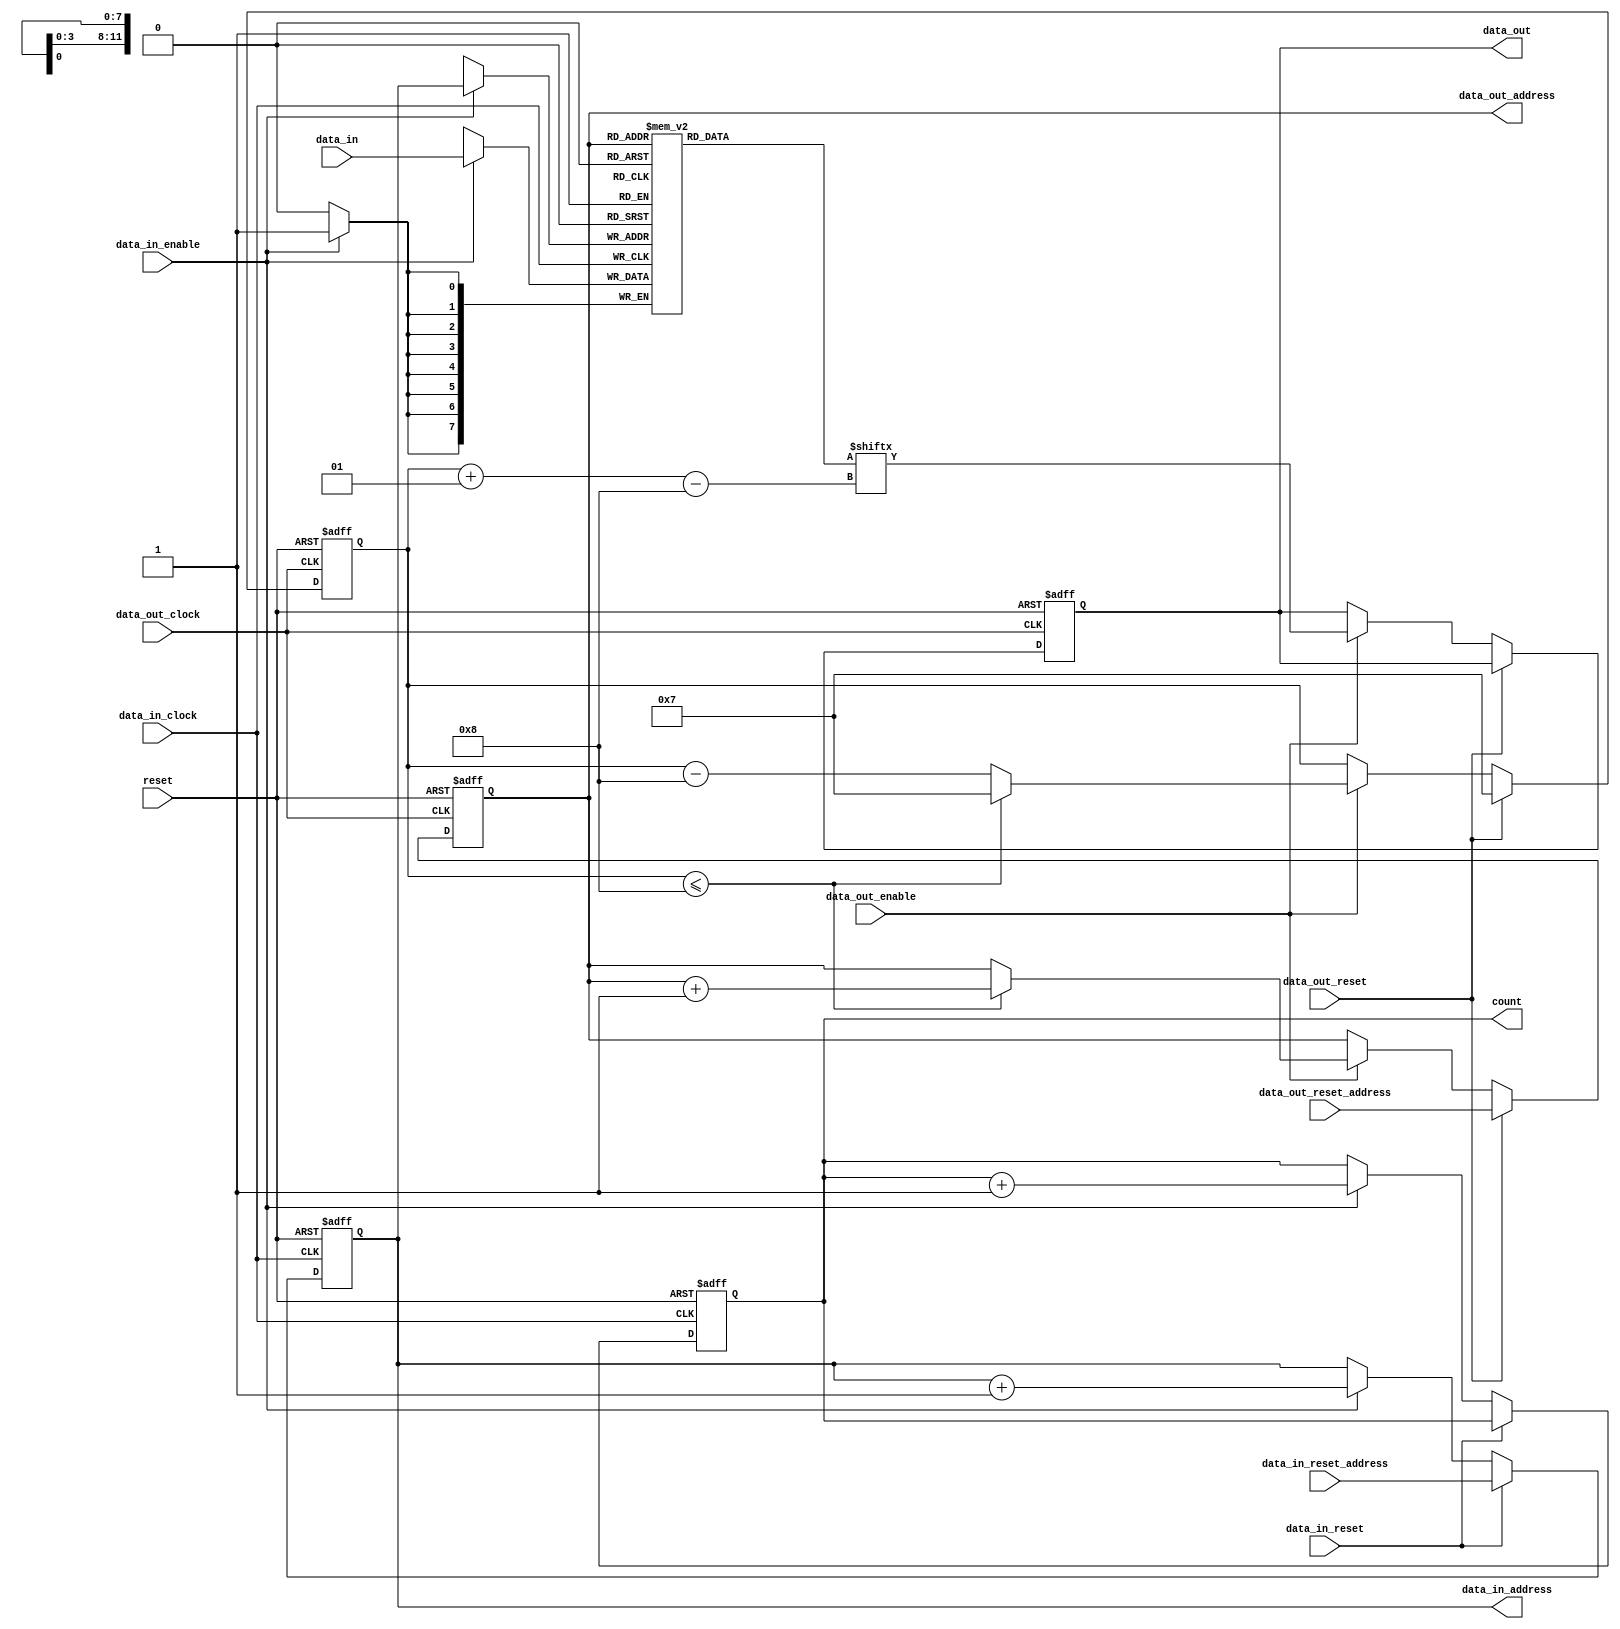
module fifo 
#(
    parameter DATA_IN_WIDTH = 8,
    parameter DATA_OUT_WIDTH = 8,    
    parameter FIFO_DEPTH = 12
)
( 
    input   wire                            reset,    
    output  reg                             count,

    // IN PORT
    input   wire    [DATA_IN_WIDTH-1:0]     data_in,
    input   wire                            data_in_clock,     
    input   wire                            data_in_enable,
    output  reg     [FIFO_DEPTH-1:0]        data_in_address,
    input   wire                            data_in_reset,
    input   wire    [FIFO_DEPTH-1:0]        data_in_reset_address,

    // OUT PORT
    output  reg     [DATA_OUT_WIDTH-1:0]    data_out,
    input   wire                            data_out_clock,     
    input   wire                            data_out_enable,
    output  reg     [FIFO_DEPTH-1:0]        data_out_address,
    input   wire                            data_out_reset,
    input   wire    [FIFO_DEPTH-1:0]        data_out_reset_address
);

integer                     index;

generate
    if (DATA_IN_WIDTH > DATA_OUT_WIDTH && DATA_IN_WIDTH % DATA_OUT_WIDTH != 0)
    begin
        initial
        begin
            $display("ERROR: invalid width.");
        end
    end
    else if (DATA_OUT_WIDTH > DATA_IN_WIDTH && DATA_OUT_WIDTH % DATA_IN_WIDTH != 0)
    begin
        initial
        begin
            $display("ERROR: invalid width.");
        end
    end
    else if (DATA_OUT_WIDTH > DATA_IN_WIDTH)
    begin
        initial
        begin
            $display("OUT > IN");
        end

        reg     [DATA_OUT_WIDTH-1:0] mem[(2**FIFO_DEPTH)-1:0];

        always @(posedge data_in_clock)
        begin
            if( data_in_enable )
            begin
                mem[ data_in_address ][index-:DATA_IN_WIDTH]<= data_in;
            end
        end

        always @(posedge data_in_clock or posedge reset)
        begin
            if( reset )
            begin
                data_in_address <= 0;
                count <= 0;
                index <= DATA_OUT_WIDTH - 1;
            end
            else if (data_in_reset)
            begin
                data_in_address <= data_in_reset_address;
                index <= DATA_OUT_WIDTH - 1;                
            end
            else
            begin
                if( data_in_enable )
                begin
                    count <= count + 1;            
                    index <= index - DATA_IN_WIDTH;
                    if (index <= DATA_IN_WIDTH)
                    begin
                        data_in_address <= data_in_address + 1;
                        index <= DATA_OUT_WIDTH - 1;                
                    end
                end
            end
        end

        always @(posedge data_out_clock or posedge reset)
        begin
            if (reset)
            begin
                data_out <= 0;
                data_out_address <= 0;
            end
            else if (data_out_reset)
            begin
                data_out_address <= data_out_reset_address;
            end
            else if (data_out_enable)
            begin
                data_out <= mem[data_out_address];
                data_out_address <= data_out_address + 1;        
            end
        end
    end
    else
    begin
        initial
        begin
            $display("OUT <= IN");
        end

        reg     [DATA_IN_WIDTH-1:0] mem[(2**FIFO_DEPTH)-1:0];

        always @(posedge data_in_clock)
        begin
            if( data_in_enable )
            begin
                mem[ data_in_address ] <= data_in;
            end
        end

        always @(posedge data_in_clock or posedge reset)
        begin
            if( reset )
            begin
                data_in_address <= 0;
                count <= 0;
            end
            else if (data_in_reset)
            begin
                data_in_address <= data_in_reset_address;
            end
            else
            begin
                if( data_in_enable )
                begin
                    data_in_address <= data_in_address + 1;
                    count <= count + 1;
                end
            end
        end

        always @(posedge data_out_clock or posedge reset)
        begin
            if (reset)
            begin
                data_out <= 0;
                data_out_address <= 0;
                index <= DATA_IN_WIDTH - 1;
            end
            else if (data_out_reset)
            begin
                data_out_address <= data_out_reset_address;
                index <= DATA_IN_WIDTH - 1;                
            end
            else if (data_out_enable)
            begin
                data_out <= mem[data_out_address][index-:DATA_OUT_WIDTH];
                index <= index - DATA_OUT_WIDTH;
                if (index <= DATA_OUT_WIDTH)
                begin
                    index <= DATA_IN_WIDTH - 1;
                    data_out_address <= data_out_address + 1;
                end
            end
        end
    end
endgenerate

endmodule